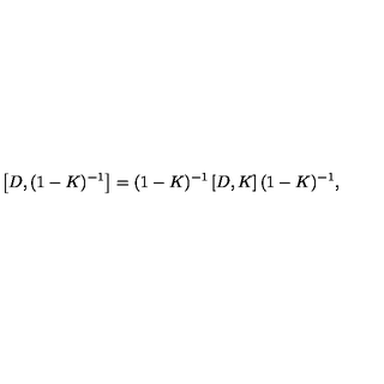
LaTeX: \left[ D , ( 1 - K ) ^ { - 1 } \right] = ( 1 - K ) ^ { - 1 } \left[ D , K \right] ( 1 - K ) ^ { - 1 } ,